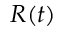
R ( t )